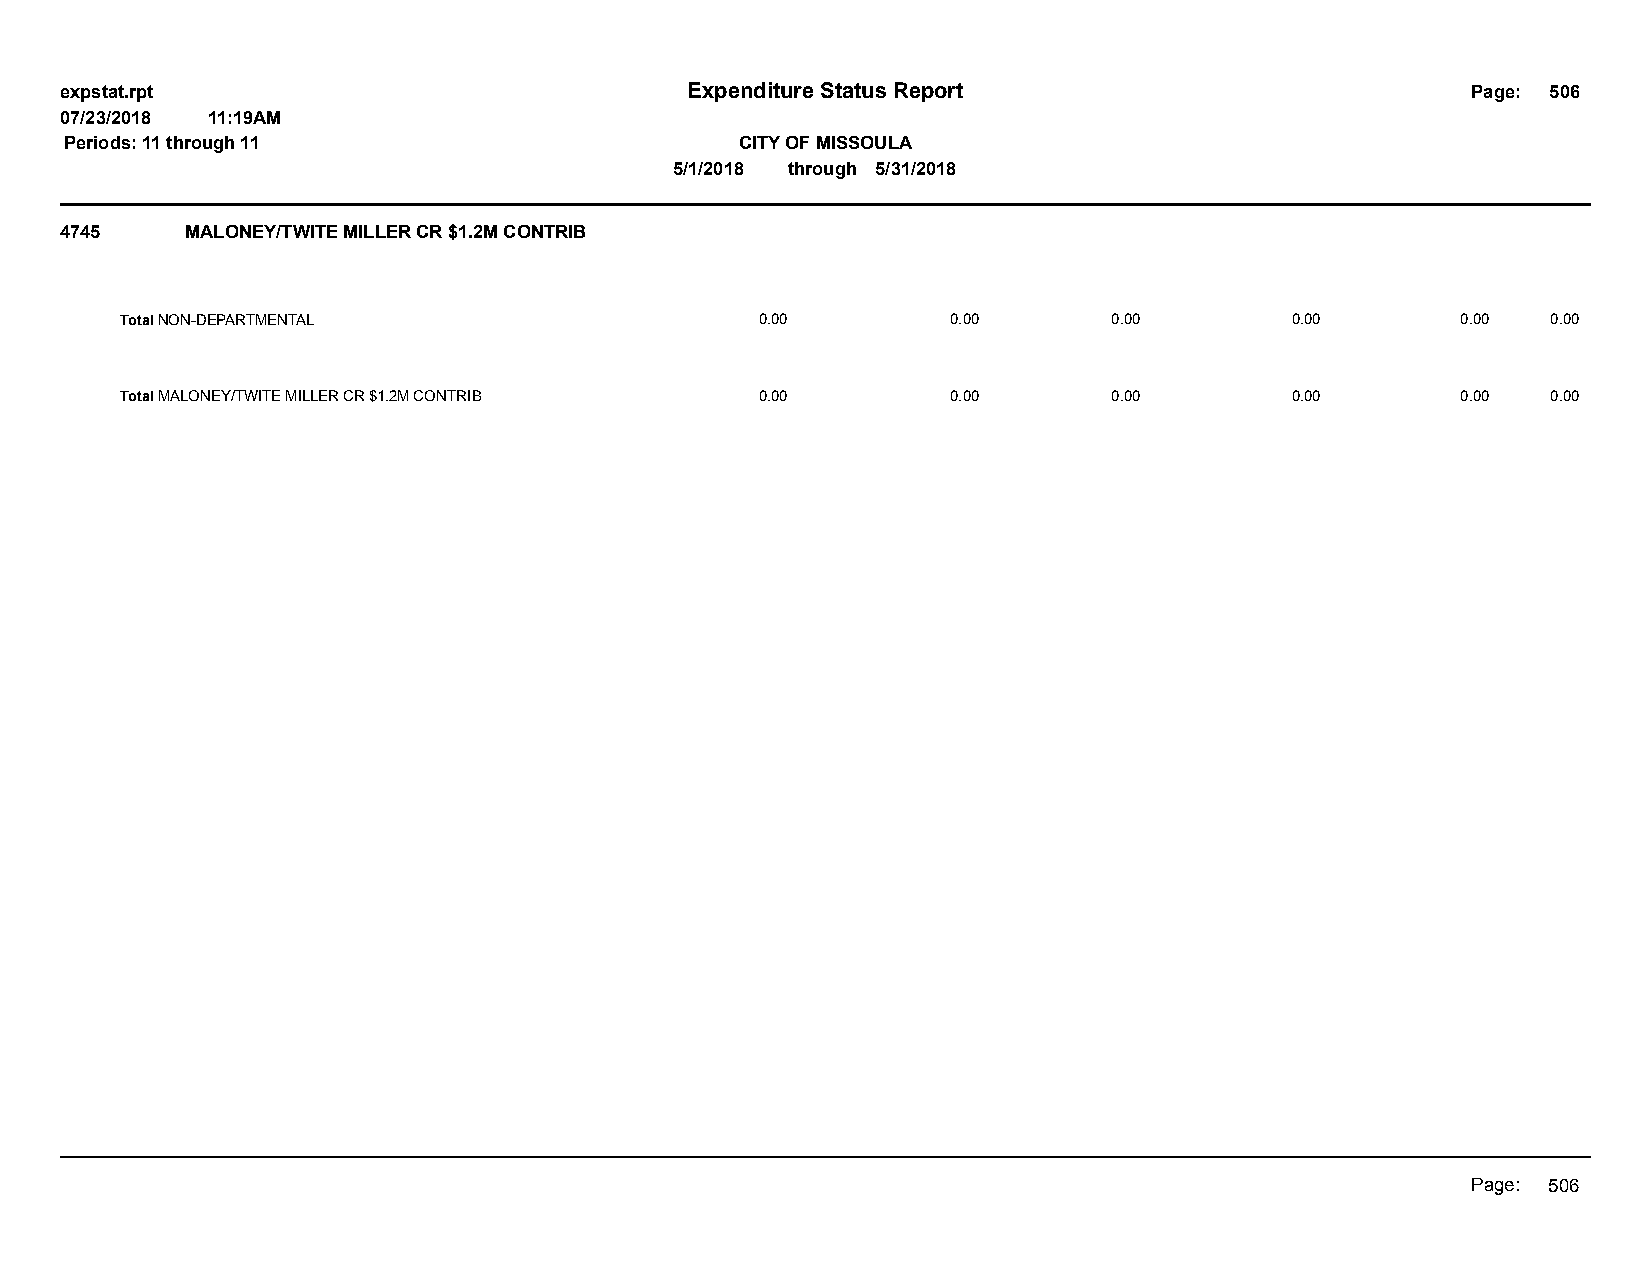
expstat.rpt                              Expenditure Status Report                           Page: 506
 07/23/2018 11:19AM
 Periods: 11 through 11                       CITY OF MISSOULA
 5/1/2018 through 5/31/2018
 4745    MALONEY/TWITE MILLER CR $1.2M CONTRIB
 Total NON-DEPARTMENTAL                    0.00         0.00       0.00       0.00        0.00  0.00
 Total MALONEY/TWITE MILLER CR $1.2M CONTRIB 0.00       0.00       0.00       0.00        0.00  0.00
 Page: 506